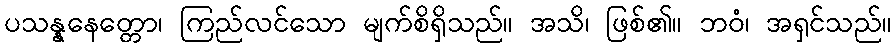
ပသန္နနေတ္တော၊ ကြည်လင်သော မျက်စိရှိသည်။ အသိ၊ ဖြစ်၏။ ဘဝံ၊ အရှင်သည်။